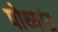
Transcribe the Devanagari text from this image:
पोथ्यांत